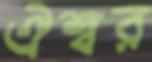
ঐশ্বর